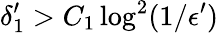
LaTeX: \delta_{1}^{\prime}>C_{1}\log^{2}(1/\epsilon^{\prime})